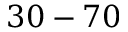
3 0 - 7 0